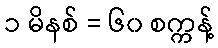
၁ မိနစ် = ၆၀ စက္ကန့်